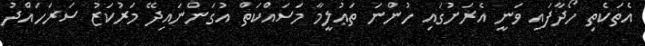
އެތަކެތި ހޯދާފައި ވަނީ އެރަށުގައި ހުންނަ ތަޢުލީމާ މަސައްކަތް އުގަންނައިދޭ މަރުކަޒު ސަރަހައްދު